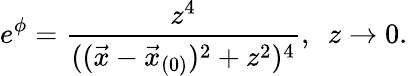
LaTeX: e^{\phi}={\frac{z^{4}}{((\vec{x}-\vec{x}_{(0)})^{2}+z^{2})^{4}}},\ \ z\rightarrow 0.